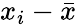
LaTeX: x_{i}-{\bar{x}}